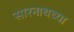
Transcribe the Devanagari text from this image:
सारनाथच्या